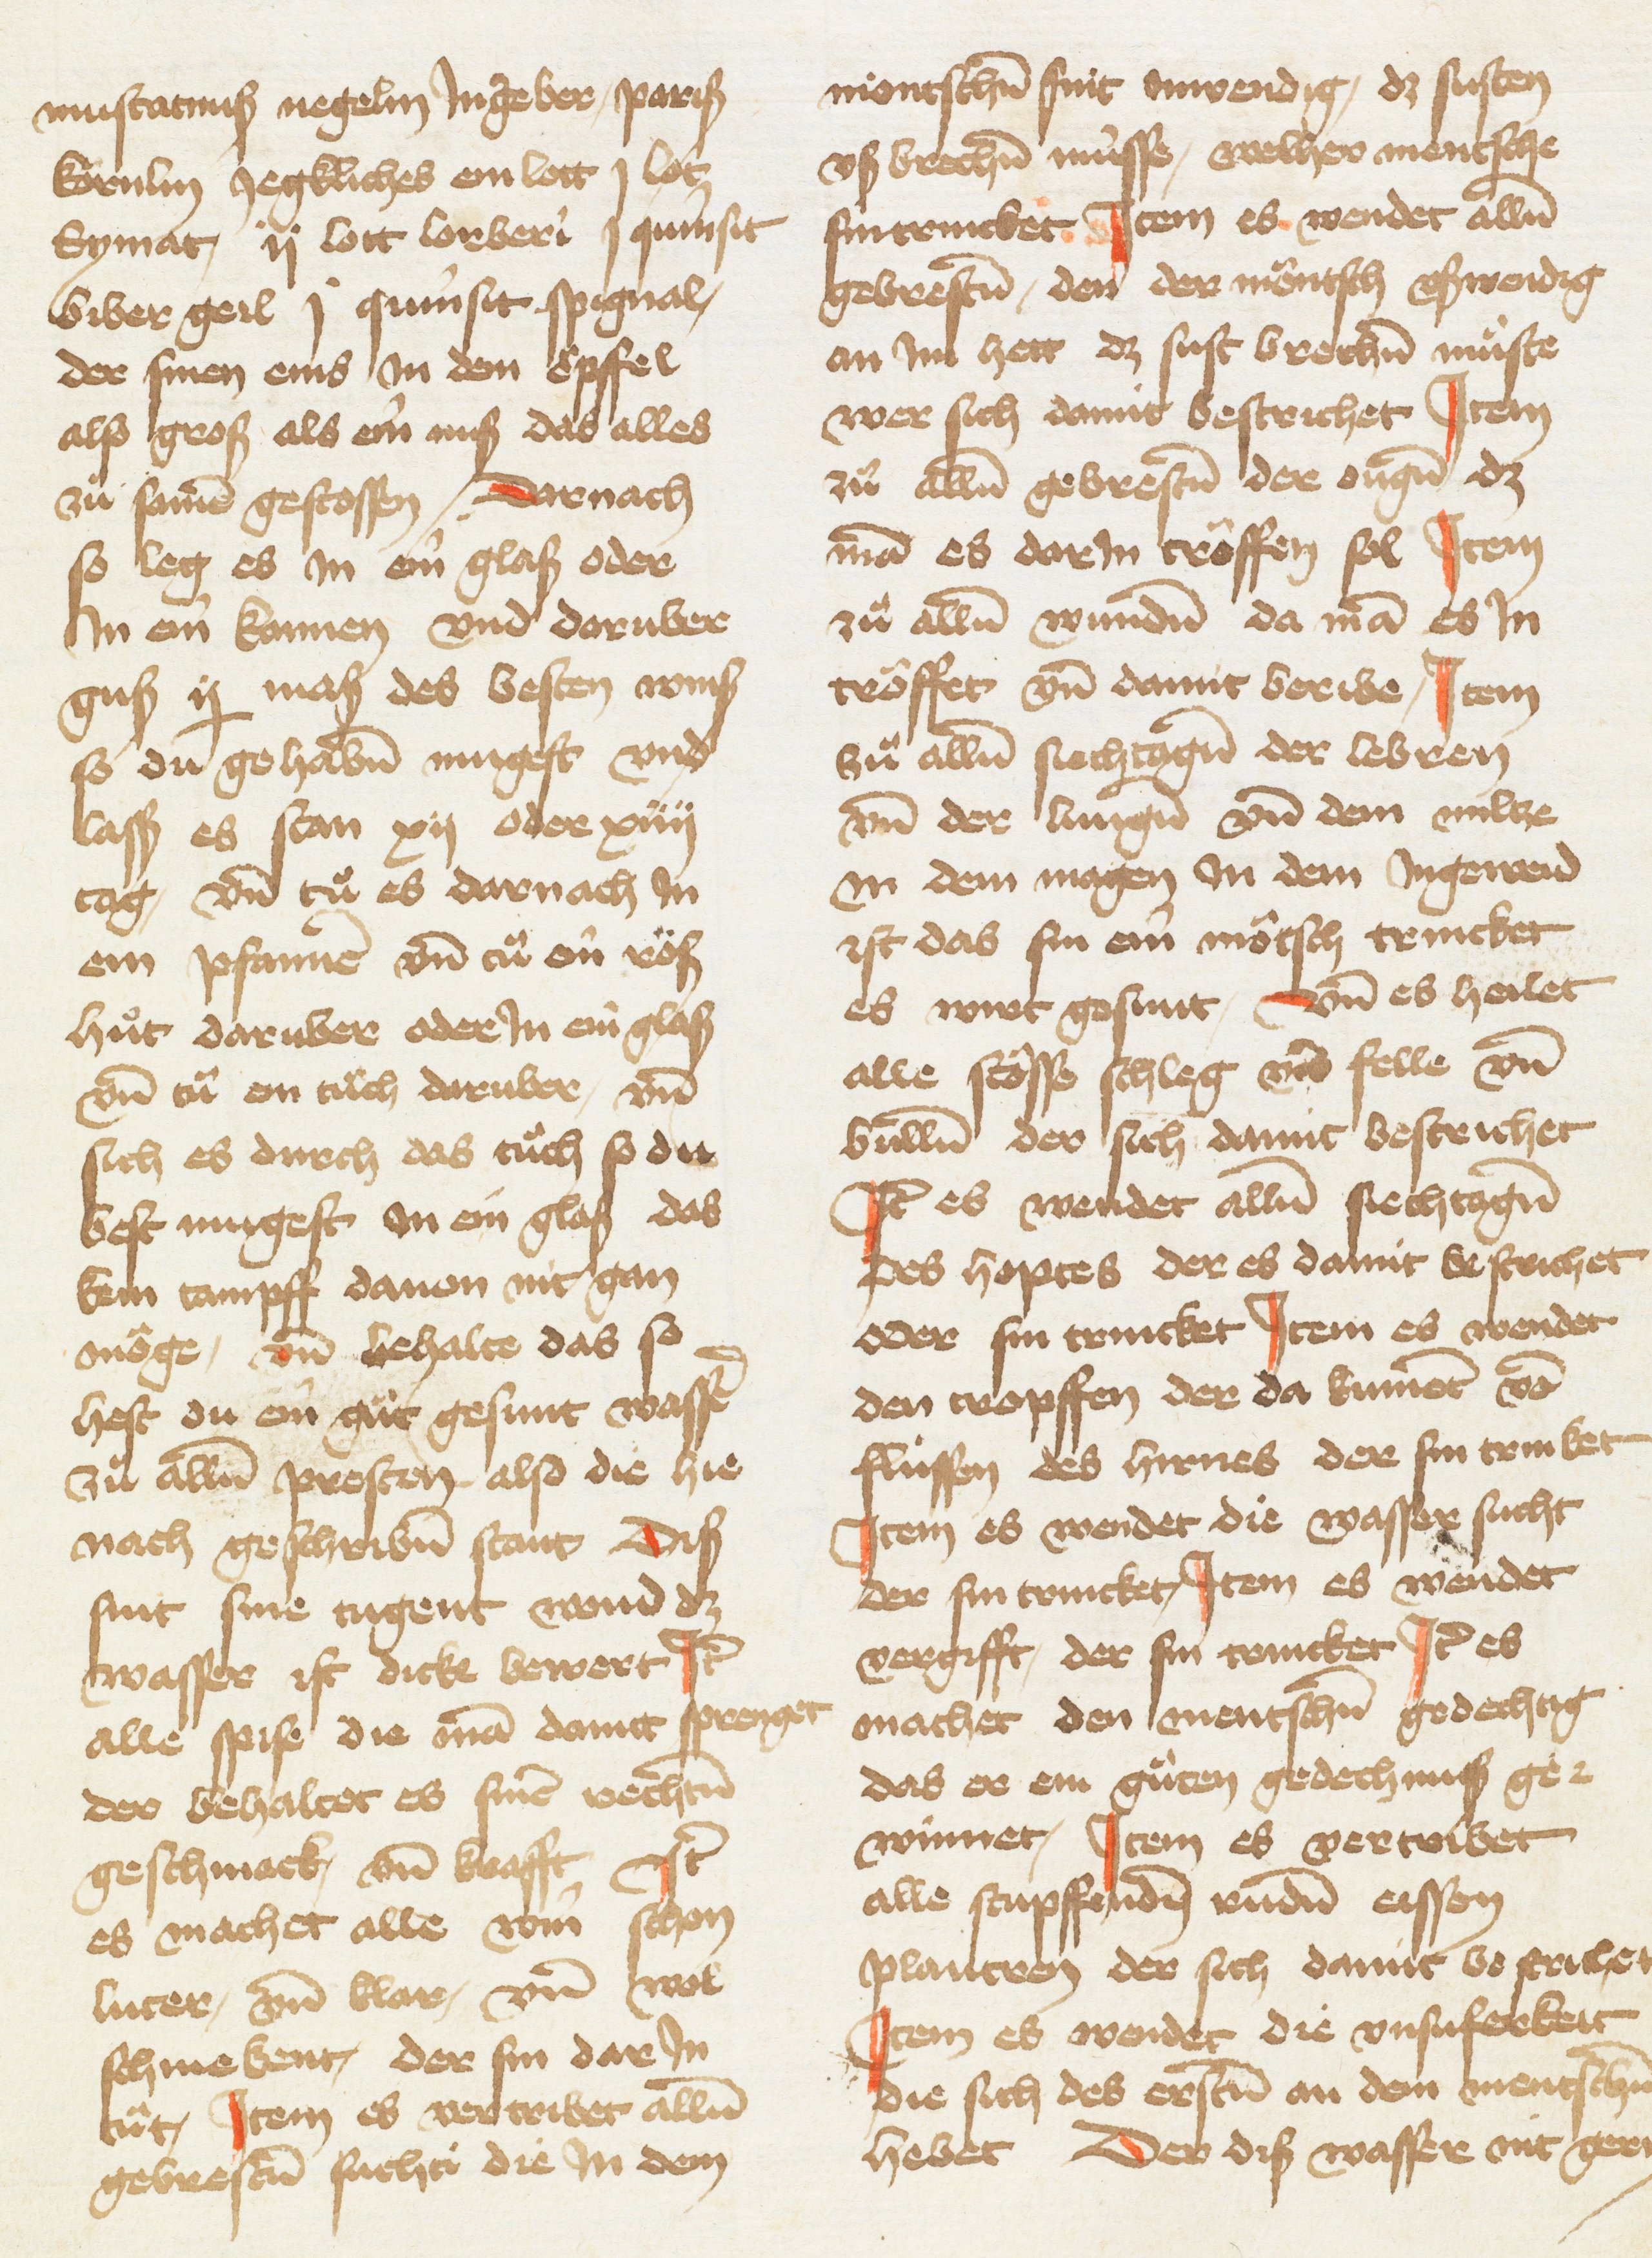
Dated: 1433–1465